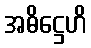
အဓိဋ္ဌေဟိ